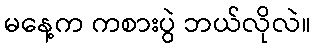
မနေ့က ကစားပွဲ ဘယ်လိုလဲ။